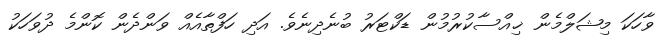
ވާހަކަ މިޝަލްމެން ޚިއްސާކުރުމުން ޑަކްޓަރު ބުނެދިނެވެ. އަދި ހަފްތާއެއް ވަންދެން ކޮންމެ ދުވަހަކު